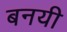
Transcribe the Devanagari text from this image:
बनयी